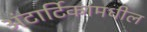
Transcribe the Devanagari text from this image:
अंटार्टिकामधील